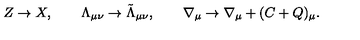
Z \rightarrow X , \qquad \Lambda _ { \mu \nu } \rightarrow \tilde { \Lambda } _ { \mu \nu } , \qquad \nabla _ { \mu } \rightarrow \nabla _ { \mu } + ( C + Q ) _ { \mu } .